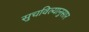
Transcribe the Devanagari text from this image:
सुचविल्यानुसार